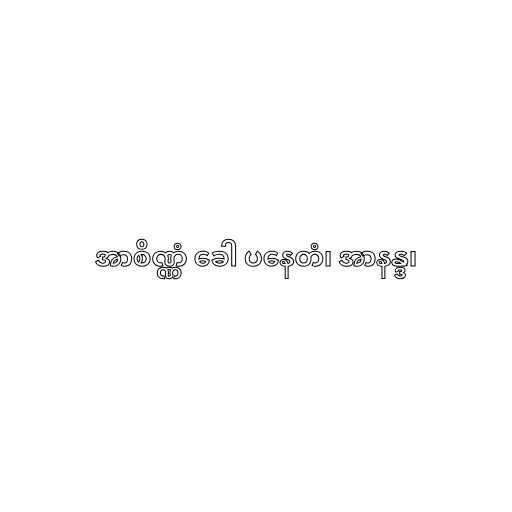
အာစိဏ္ဏံ ခေါ ပနေတံ၊ အာနန္ဒ၊